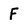
Character: F